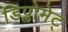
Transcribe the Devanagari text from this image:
डिप्लोमेट्